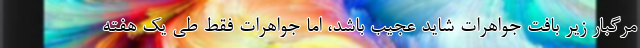
مرگبار زیر بافت جواهرات شاید عجیب باشد، اما جواهرات فقط طی یک هفته